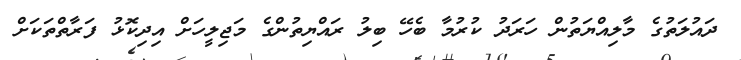
ދައުލަތުގެ މާލިއްޔަތުން ހަރަދު ކުރުމާ ބެހޭ ބިލު ރައްޔިތުންގެ މަޖިލީހަށް އިދިކޮޅު ފަރާތްތަކަށް